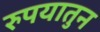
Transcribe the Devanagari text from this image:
रुपयातुन